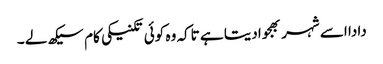
دادا اسے شہر بھجوا دیتا ہے تاکہ وہ کوئی تکنیکی کام سیکھ لے ۔